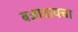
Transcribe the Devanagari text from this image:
बजावायचा